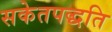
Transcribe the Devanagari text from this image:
सकेतपद्धति